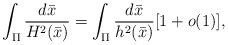
\begin{align*}\int_{\Pi}\frac{d\bar{x}}{H^2(\bar{x})}=\int_{\Pi}\frac{d\bar{x}}{h^2(\bar{x})}[1+o(1)], \end{align*}